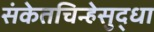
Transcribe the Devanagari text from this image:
संकेतचिन्हेसुद्धा